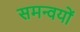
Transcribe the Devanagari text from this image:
समन्वयों